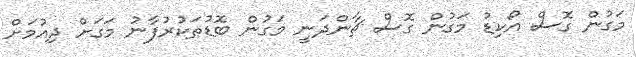
މަގުން ގޮސް އޯކިޑު މަގުން ގޮސް ޗާންދަނީ މަގުން ބޮޑުތަކުރުފާނު މަގަށް ދިއުމަށް